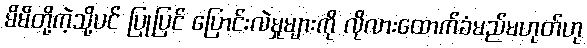
မိမိတို့ကဲ့သို့ပင် ပြုပြင် ပြောင်းလဲမှုများကို လိုလားထောက်ခံမည်မဟုတ်ဟု